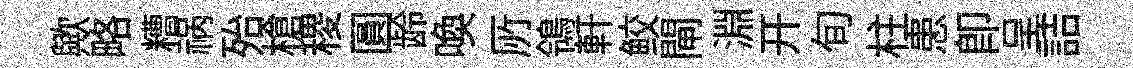
歟略糟祸殆槍稷圓龄喚𠩄鴒軒鲛閘淵开旬柱患即呈詰